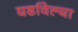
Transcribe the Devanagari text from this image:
घडविल्या